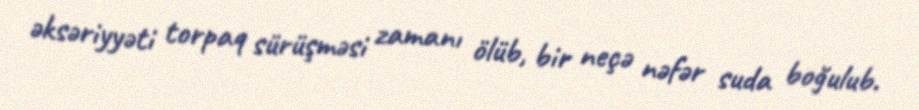
əksəriyyəti torpaq sürüşməsi zamanı ölüb, bir neçə nəfər suda boğulub.